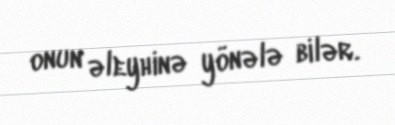
onun əleyhinə yönələ bilər.